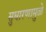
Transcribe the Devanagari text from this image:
सुधारणामुळे